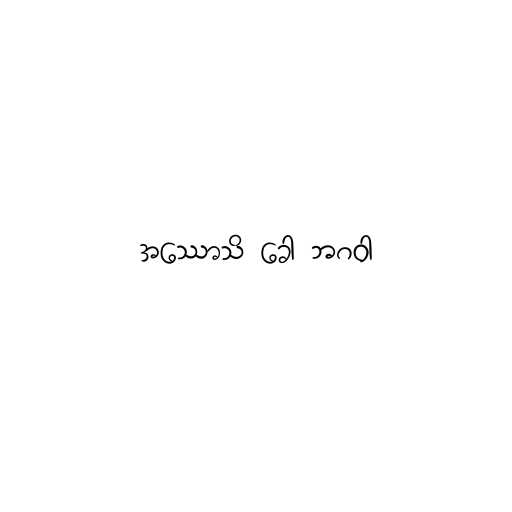
အဿောသိ ခေါ ဘဂဝါ